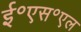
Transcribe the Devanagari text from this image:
ई॰एस॰एल